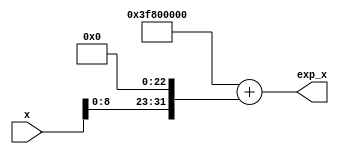
module exp_approx (
    input wire [31:0] x, // Input value (32-bit floating point)
    output reg [31:0] exp_x // Output value for e^x
);
    // Simple approximation for e^x (for demonstration purposes)
    always @(*) begin
        // This is a placeholder for a more accurate exponential function
        // In practice, you would implement a more accurate method (e.g., Taylor series, CORDIC, etc.)
        exp_x = 32'h3F800000 + (x << 23); // e^x approximation (not accurate)
    end
endmodule